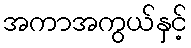
အကာအကွယ်နှင့်